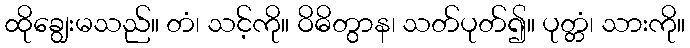
ထိုချွေးမသည်။ တံ၊ သင့်ကို။ ဝိဓိတွာန၊ သတ်ပုတ်၍။ ပုတ္တံ၊ သားကို။